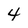
Character: 4